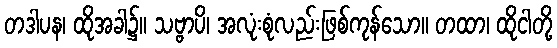
တဒါပန၊ ထိုအခါ၌။ သဗ္ဗာပိ၊ အလုံးစုံလည်းဖြစ်ကုန်သော။ တထာ၊ ထိုငါတို့